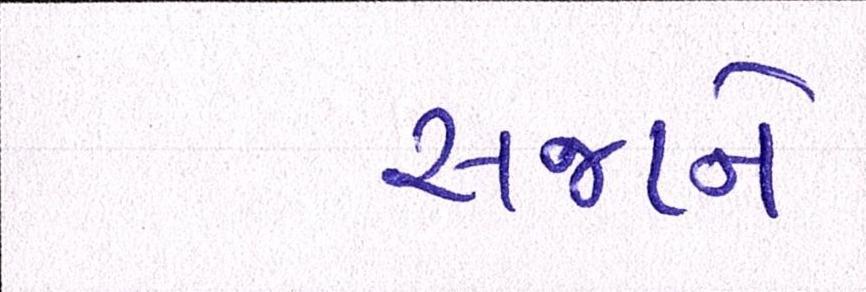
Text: સજાને